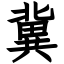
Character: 冀